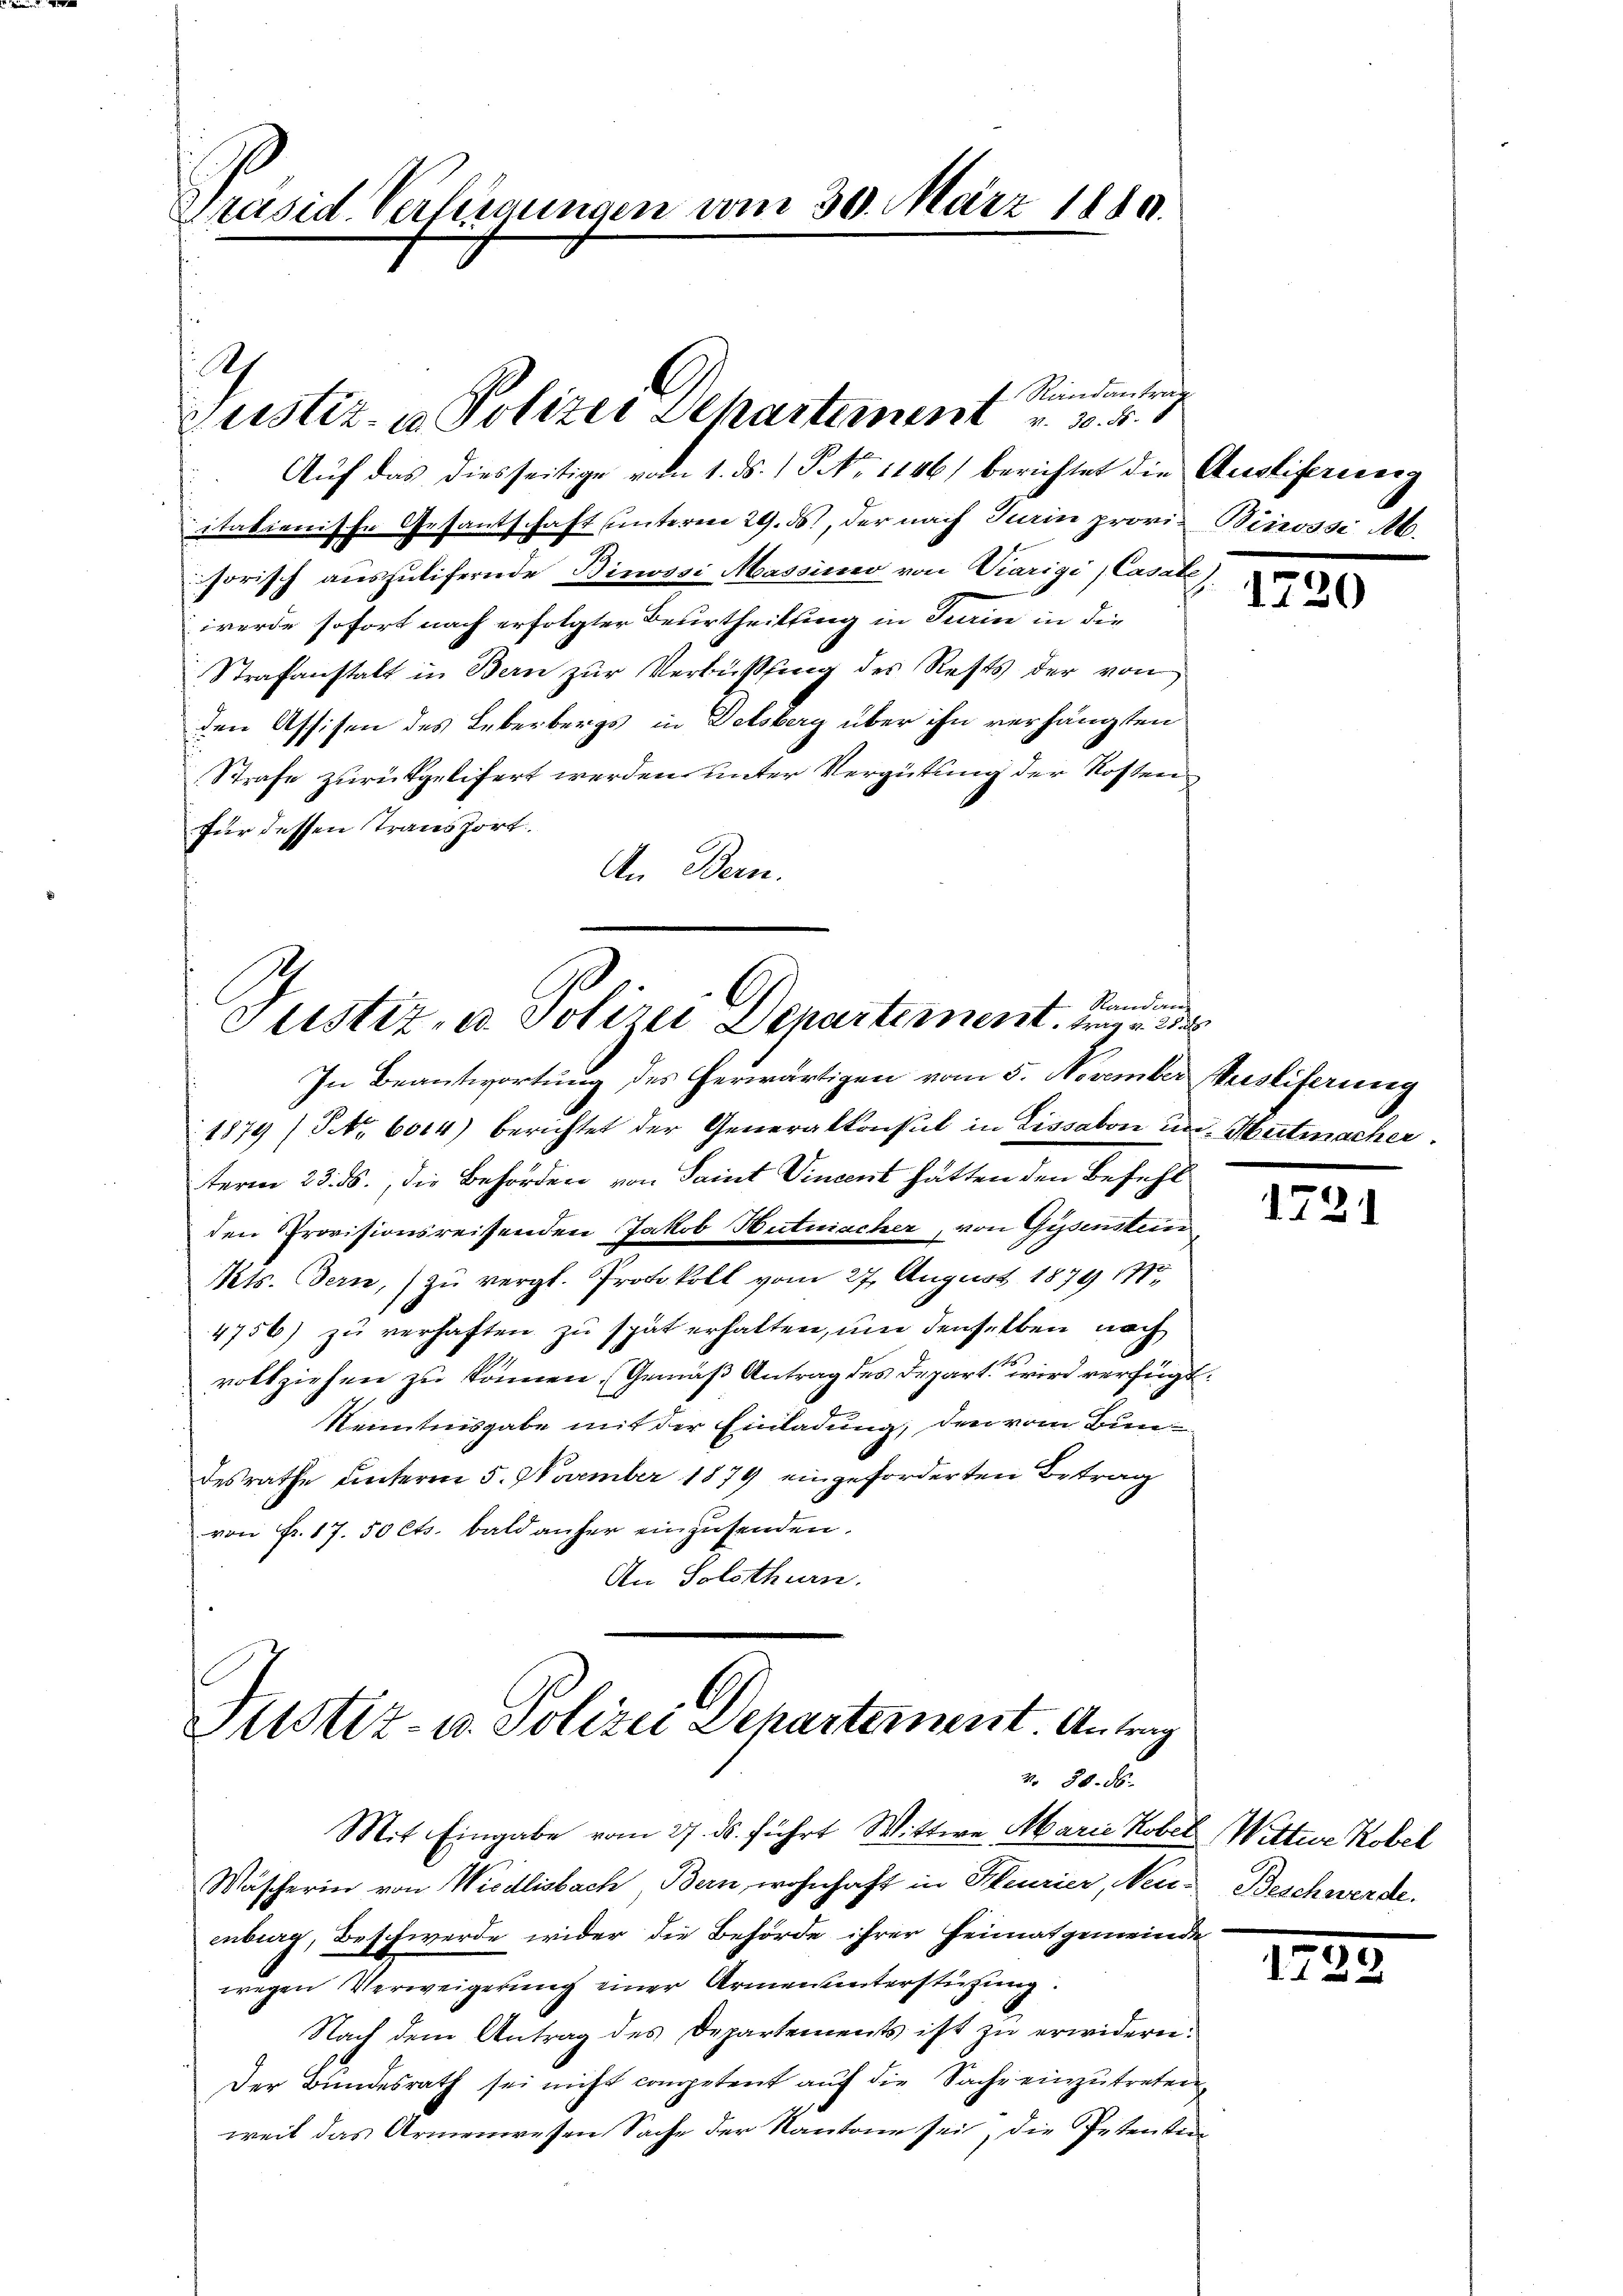
Präsid. Verschungen vom 30. März 1849.

itationische Gesantschaft unterm 29. ds., der nach Turin provi- Binossi Ab.
sorisch auszulifernde Binossi Massimo von Viarigi, Casall,
werde sofort nach erfolgter Beurtheilung in Turin in die
Strafanstalt in Bern zŭr Verbüßung des Rests der von
den Assisen des Leberbergs in Delsberg über ihn verhängten
Strafe zurückgeliert werden unter Vergütung der Kostenfür dessen Transport.
An Bern.

A
 Randantrag
Zustiz- u Polizei Departement v. 3. 4.
Auf das diesseitige vom 1. ds. 1. No 1146) berichtet die Ausliferweig

Randan
Justiz- u. Polizei Departement. Wie
In Beantwortung des herwärtigen vom 5. November Ausliferung

Justiz- u. Polizei Departement. Antrag
v. 30. ds.
Mit Eingabe vom 27. ds. führt Wittwe Marie Kober Wittwe Kobel

1879 (Nr. 6014) berichtet der Generalkonsul in Lissabon in Hutmacher.
term 23. ds., die Behörden von Saint Vincent hätten den Befehl
den Provisionsreissenden Jakob Hutmacher, von Gysenstein
Kts. Bern, zu vergl. Protokoll vom 27. August 1879 No
4756) zu verhaften zu spät erhalten, um denselben nach
vollziehen zu können. (Gemäß Antrag des Depart wird verfügt:
Kenntnisgabe mit der Einladung, den vom Bundesrathe unterm 5. November 1879 eingeforderten Betrag
von Fr. 17. 50 Cts. bald anher einzusenden.
An Solothurn.

1730

Mäscherin von Wiedlisbach, Bern, wohnhaft in Heurier, Neu-
enburg, Beschwerde wider die Behörde ihrer Heimatgemeinde
wegen Verweigerung einer Armenunterstützung.
Nach dem Antrag des Departements ist zu erwidern:
Der Bundesrath sei nicht competent auf die Sache einzutreten,
weil das Armenwesen Sache der Kantone sei, die Petenten

1721

Beschwerde.

1729